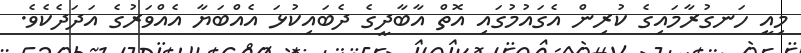
މިއީ ހަނގުރާމައިގެ ކުރިން އެގައުމުގައި އޮތް އާބާދީގެ ދެބައިކުޅަ އެއްބަޔާ އެއްވަރުގެ އަދަދެކެވެ.